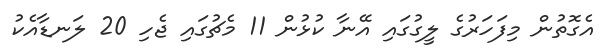
އެގޮތުން މިފަހަރުގެ ލީގުގައި އޭނާ ކުޅުން 11 މެޗުގައި ޖެހި 20 ލަނޑާއެކު